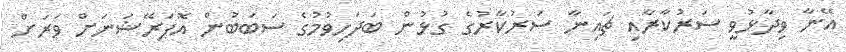
އޭނާ ވިދާޅުވީ ސަރުކާރާއި ޗައިނާ ސަރުކާރުގެ ގުޅުން ބަދަހިވުމުގެ ސަބަބުން އޮޕަރޭޝަނަށް ވަރަށް